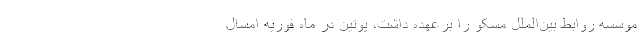
موسسه روابط بین‌الملل مسکو را برعهده داشت، پوتین در ماه فوریه امسال